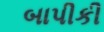
બાપીકી